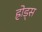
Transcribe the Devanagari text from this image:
ह्रोड्स